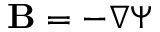
\mathbf { B } = - \nabla \Psi